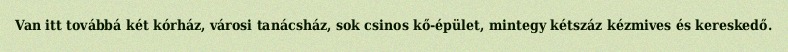
Van itt továbbá két kórház, városi tanácsház, sok csinos kő-épület, mintegy kétszáz kézmives és kereskedő.